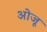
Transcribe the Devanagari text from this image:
ओजू